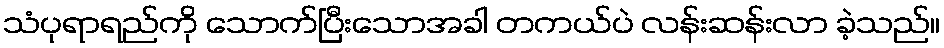
သံပုရာရည်ကို သောက်ပြီးသောအခါ တကယ်ပဲ လန်းဆန်းလာ ခဲ့သည်။